65_HS1-834228961_62-HQ-83894_Section_5
Agency: FBI
Page 164
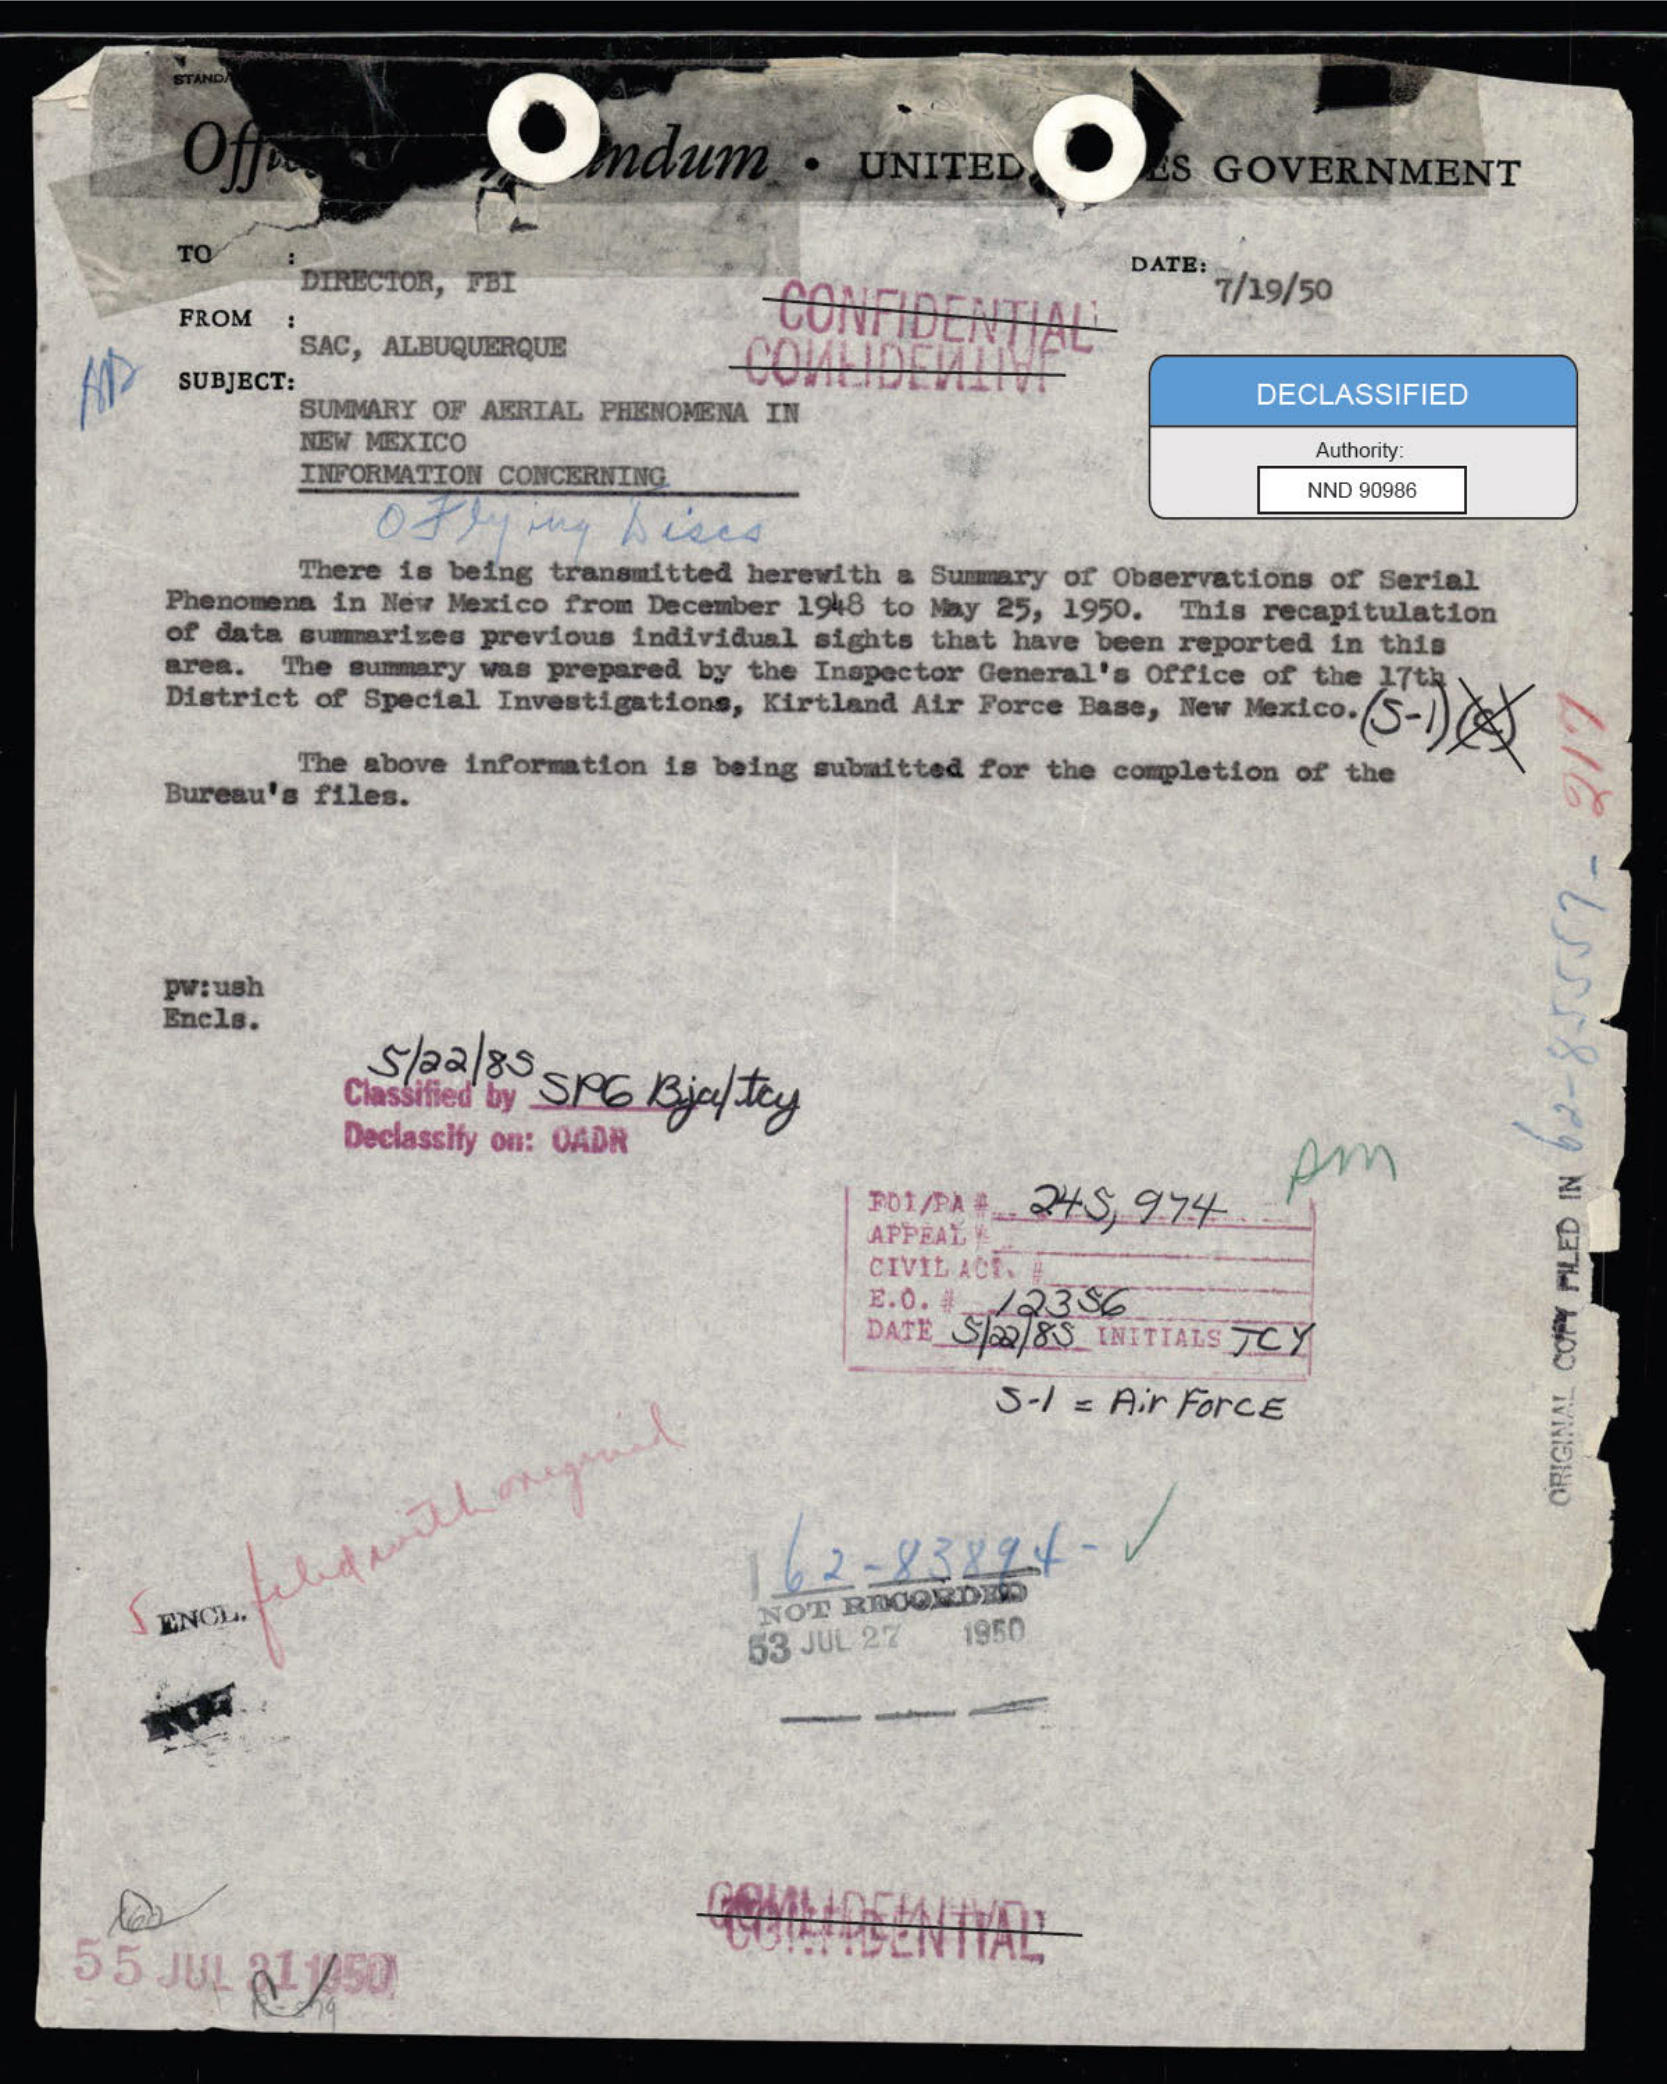